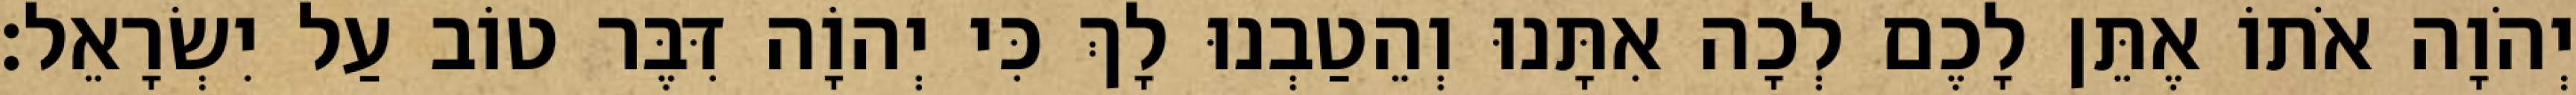
יְהֹוָה אֹתוֹ אֶתֵּן לָכֶם לְכָה אִתָּנוּ וְהֵטַבְנוּ לָךְ כִּי יְהוָֹה דִּבֶּר טוֹב עַל יִשְׂרָאֵל׃